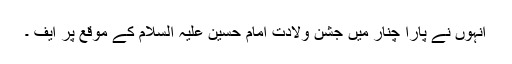
انہوں نے پارا چنار میں جشن ولادت امام حسین علیہ السلام کے موقع پر ایف ۔